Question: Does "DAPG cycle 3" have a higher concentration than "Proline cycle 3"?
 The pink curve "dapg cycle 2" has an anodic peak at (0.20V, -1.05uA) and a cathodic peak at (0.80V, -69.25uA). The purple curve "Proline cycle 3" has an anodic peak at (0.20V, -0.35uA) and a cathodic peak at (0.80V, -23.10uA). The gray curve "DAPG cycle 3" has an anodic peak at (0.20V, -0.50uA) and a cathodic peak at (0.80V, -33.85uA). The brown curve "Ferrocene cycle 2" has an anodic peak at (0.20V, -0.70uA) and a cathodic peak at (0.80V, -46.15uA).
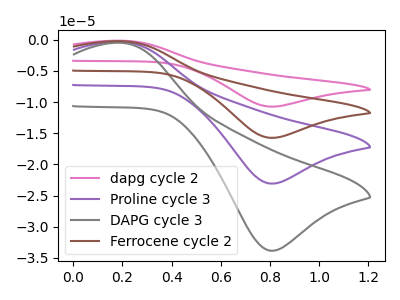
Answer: <think>All the peaks in "DAPG cycle 3" have a peak in "Proline cycle 3" at the same potential.
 </think>
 <answer>I cant tell if "DAPG cycle 3" or "Proline cycle 3" has higher concentration.</answer>
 <eval>mixed_concentration</eval>